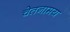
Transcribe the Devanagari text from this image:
चेतनामय